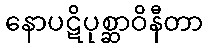
နောပဋိပုစ္ဆာဝိနီတာ